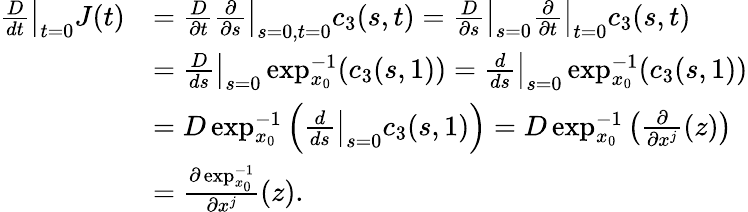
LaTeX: \begin{array}{rl}{\left.\frac{D}{dt}\right|_{t=0}J(t)}&{=\left.\frac{D}{\partial t}\frac{\partial}{\partial s}\right|_{s=0,t=0}c_{3}(s,t)=\left.\frac{D}{\partial s}\right|_{s=0}\left.\frac{\partial}{\partial t}\right|_{t=0}c_{3}(s,t)}\\ &{=\left.\frac{D}{ds}\right|_{s=0}\exp_{x_{0}}^{-1}(c_{3}(s,1))=\left.\frac{d}{ds}\right|_{s=0}\exp_{x_{0}}^{-1}(c_{3}(s,1))}\\ &{=D\exp_{x_{0}}^{-1}\left(\left.\frac{d}{ds}\right|_{s=0}c_{3}(s,1)\right)=D\exp_{x_{0}}^{-1}\left(\frac{\partial}{\partial x^{j}}(z)\right)}\\ &{=\frac{\partial\exp_{x_{0}}^{-1}}{\partial x^{j}}(z).}\end{array}